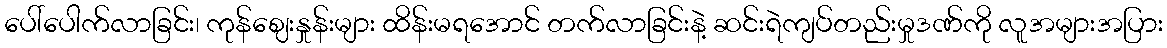
ပေါ်ပေါက်လာခြင်း၊ ကုန်ဈေးနှုန်းများ ထိန်းမရအောင် တက်လာခြင်းနဲ့ ဆင်းရဲကျပ်တည်းမှုဒဏ်ကို လူအများအပြား